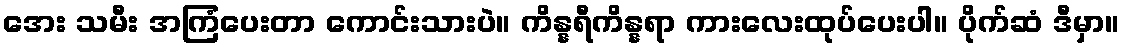
အေး သမီး အကြံပေးတာ ကောင်းသားပဲ။ ကိန္နရီကိန္နရာ ကားလေးထုပ်ပေးပါ။ ပိုက်ဆံ ဒီမှာ။